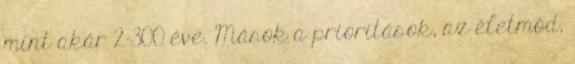
mint akár 2-300 éve. Mások a prioritások, az életmód,